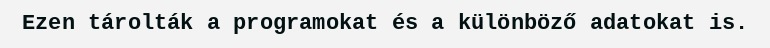
Ezen tárolták a programokat és a különböző adatokat is.